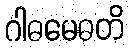
ဂါဓမေဓတိ